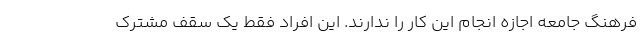
فرهنگ جامعه اجازه انجام این کار را ندارند. این افراد فقط یک سقف مشترک